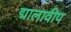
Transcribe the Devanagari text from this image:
द्मालावीप